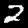
Digit: 2